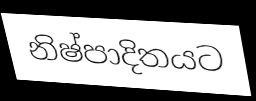
නිෂ්පාදිතයට